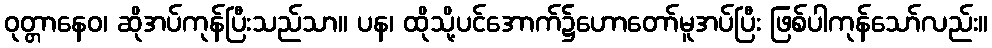
ဝုတ္တာနေဝ၊ ဆိုအပ်ကုန်ပြီးသည်သာ။ ပန၊ ထိုသို့ပင်အောက်၌ဟောတော်မူအပ်ပြီး ဖြစ်ပါကုန်သော်လည်း။